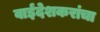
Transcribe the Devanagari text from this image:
वाईंदेशकरांचा